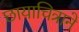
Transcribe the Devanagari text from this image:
छायाचित्राने